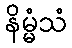
နိမ္မံသံ